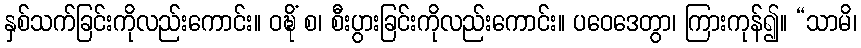
နှစ်သက်ခြင်းကိုလည်းကောင်း။ ဝဍ္ဎိံ စ၊ စီးပွားခြင်းကိုလည်းကောင်း။ ပဝေဒေတွာ၊ ကြားကုန်၍။ “သာမိ၊